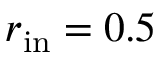
r _ { \mathrm { i n } } = 0 . 5